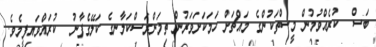
ބަސް  ކުރެއްވުމުން މީސްތަކުންގެ މައްޗަށް ހަމަކަށަވަރުން ތިމަންރަސްކަލާނގެ ކަލޭގެފާނު  ކުރައްވައިފީމެވެ.